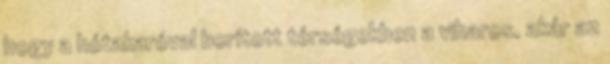
hogy a hótakaróval borított térségekben a viharos, akár az